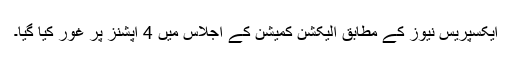
ایکسپریس نیوز کے مطابق الیکشن کمیشن کے اجلاس میں 4 آپشنز پر غور کیا گیا۔